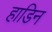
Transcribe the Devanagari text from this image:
हाडिन